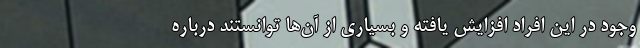
وجود در این افراد افزایش یافته و بسیاری از آن‌ها توانستند درباره